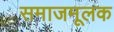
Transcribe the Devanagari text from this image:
समाजमूलक